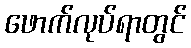
ဖောက်လုပ်ရာတွင်